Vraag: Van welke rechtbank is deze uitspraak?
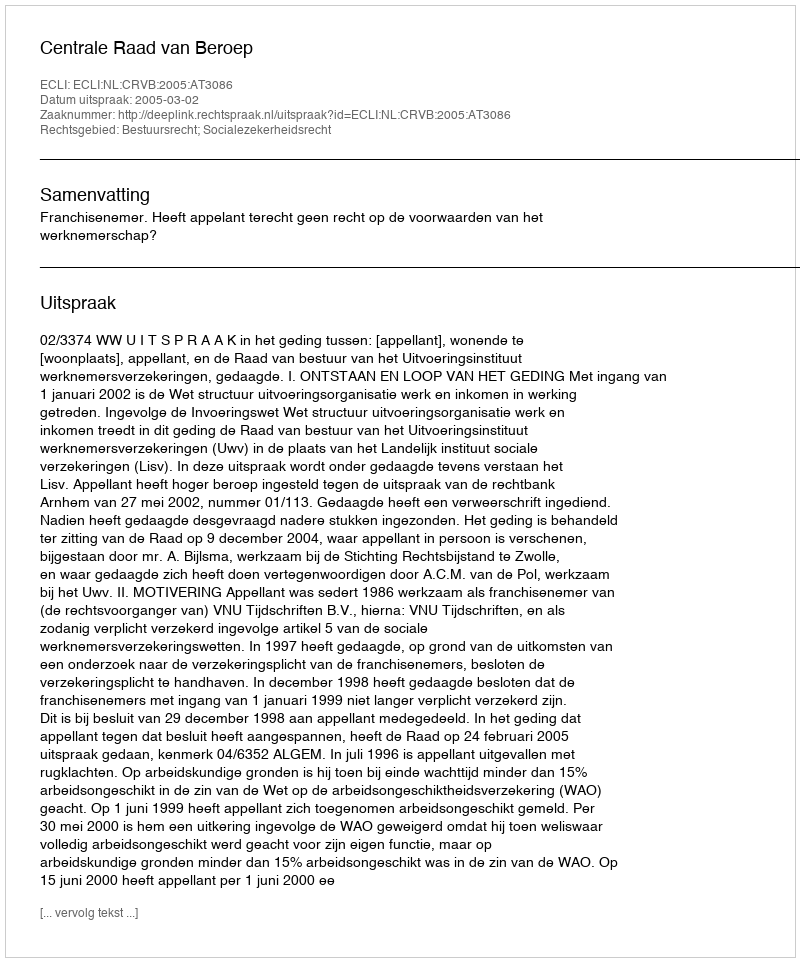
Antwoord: Centrale Raad van Beroep